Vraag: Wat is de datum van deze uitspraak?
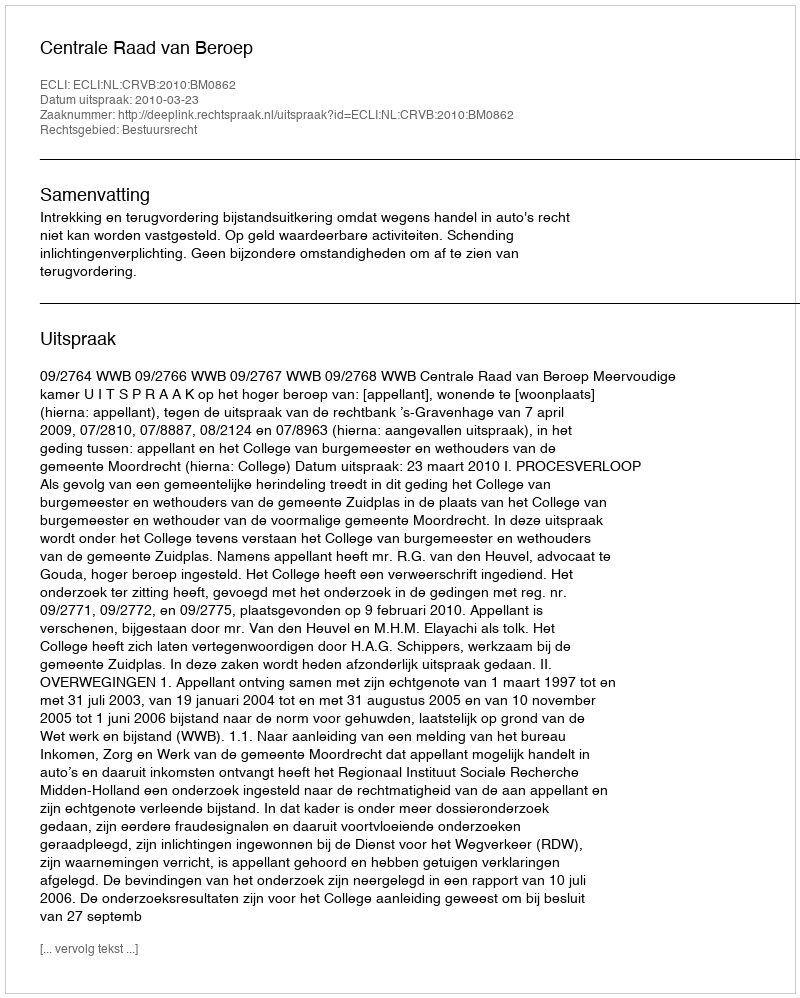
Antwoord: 2010-03-23